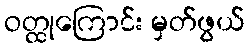
ဝတ္ထုကြောင်း မှတ်ဖွယ်